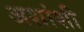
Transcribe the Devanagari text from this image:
अशांशी